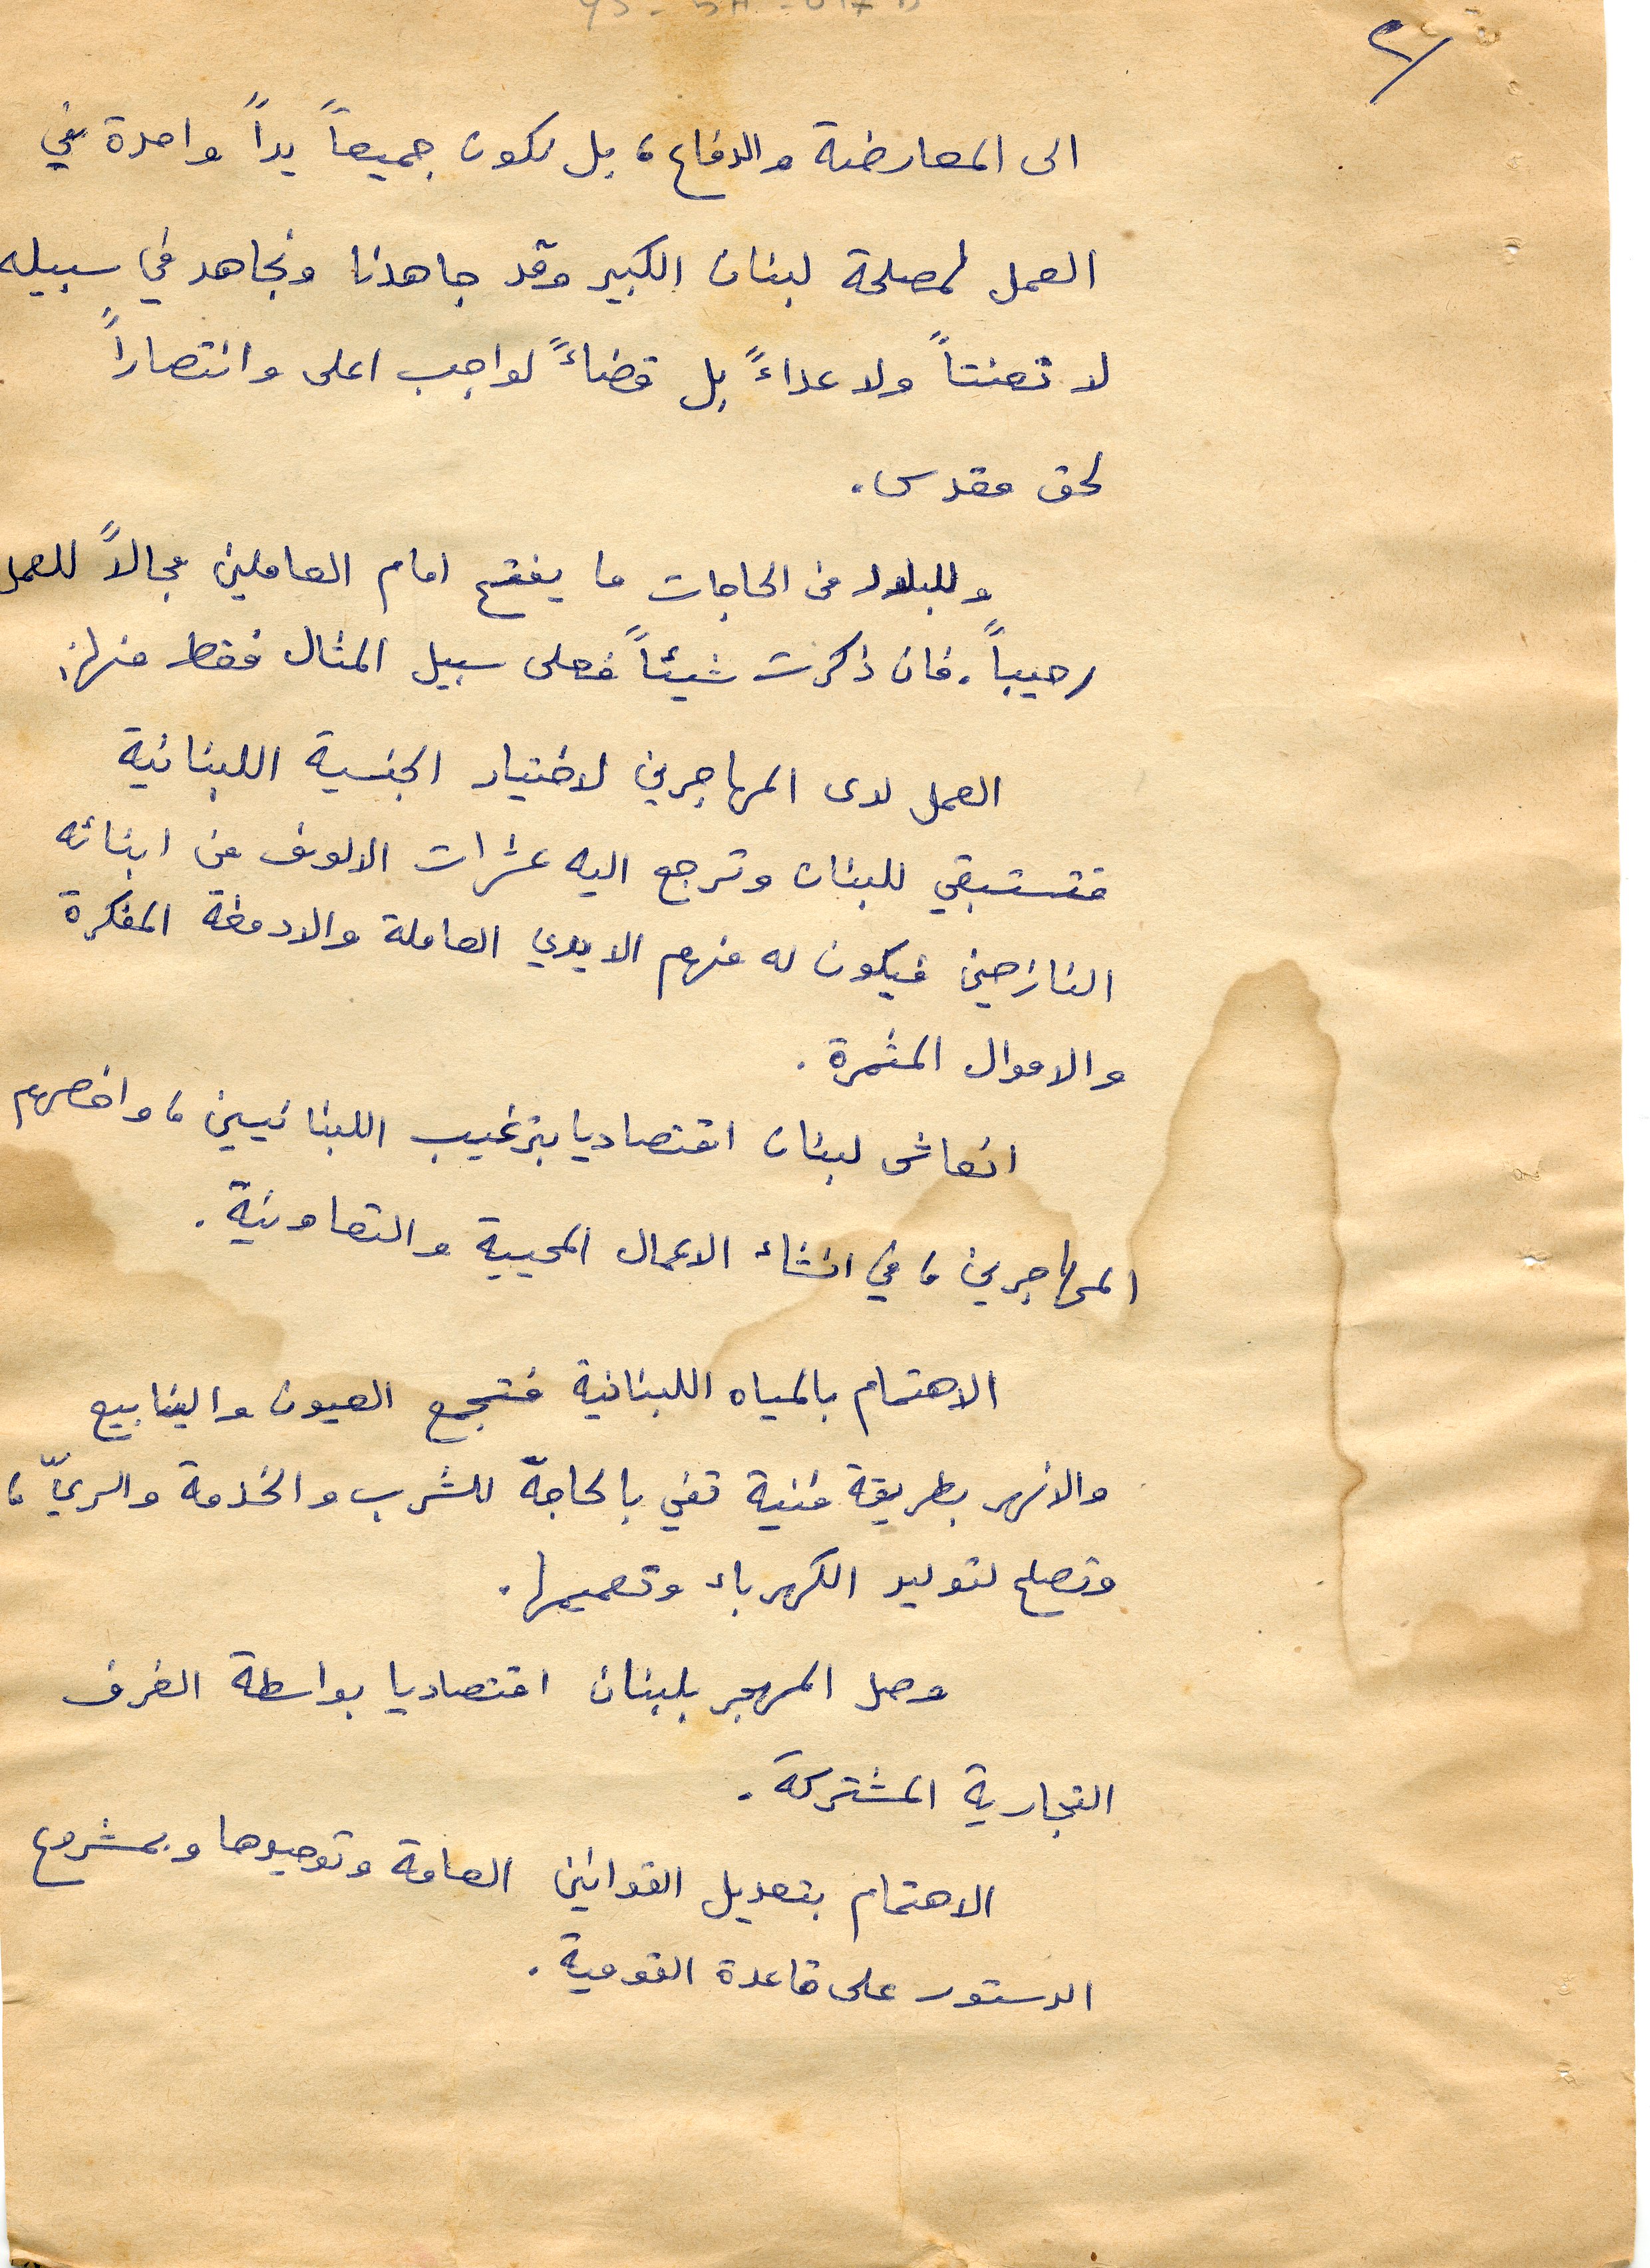
الى المعارضة والدفاع، بل نكون جميعاً يداً واحدة في
العمل لمصلحة لبنان الكبير وقد جاهدنا ونجاهد في سبيله
لا تعنتاً ولا عداءً بل قضاءً لواجب اعلى وانتصاراً
 لحق مقدس.
وللبلاد من الحاجات ما يفتح امام العاملين مجالاً للعمل
رحيباً. فان ذكرت شيئاً وعلى سبيل المثال فقط منها:
العمل لدى المهاجرين لاختيار الجنسية اللبنانية
 فتستبقي للبنان وترجع اليه عشرات الالوف من ابنائه
النازحين فيكون له منهم الايدي العاملة والادمغة المفكرة
والاموال المثمرة.
انعاش لبنان اقتصاديا بترغيب اللبنانيين، واخصهم
المهاجرين، في انشاء الاعمال المحيية والتعاونية.
الاهتمام بالمياه اللبنانية فتجمع العيون والينابيع
 والانهر بطريقة فنية تفي بالحاجة للشرب والخدمة والريّ،
وتصلح لتوليد الكهرباء وتعميمها.
وصل المهجر بلبنان اقتصاديا بواسطة الغرف
التجارية المشتركة.
الاهتمام بتعديل القوانين العامة وتوحيدها وبمشروع
 الدستور على قاعدة القومية.
٢